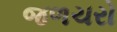
જળચરો